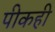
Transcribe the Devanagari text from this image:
पीकही